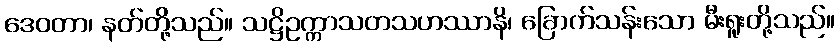
ဒေဝတာ၊ နတ်တို့သည်။ သဋ္ဌိဥက္ကာသတသဟဿာနိ၊ ခြောက်သန်းသော မီးရူးတို့သည်။